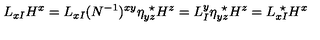
L _ { x I } H ^ { x } = L _ { x I } ( N ^ { - 1 } ) ^ { x y } \eta _ { y z } ^ { \ \star } H ^ { z } = L _ { I } ^ { y } \eta _ { y z } ^ { \ \star } H ^ { z } = L _ { x I } ^ { \ \star } H ^ { x }